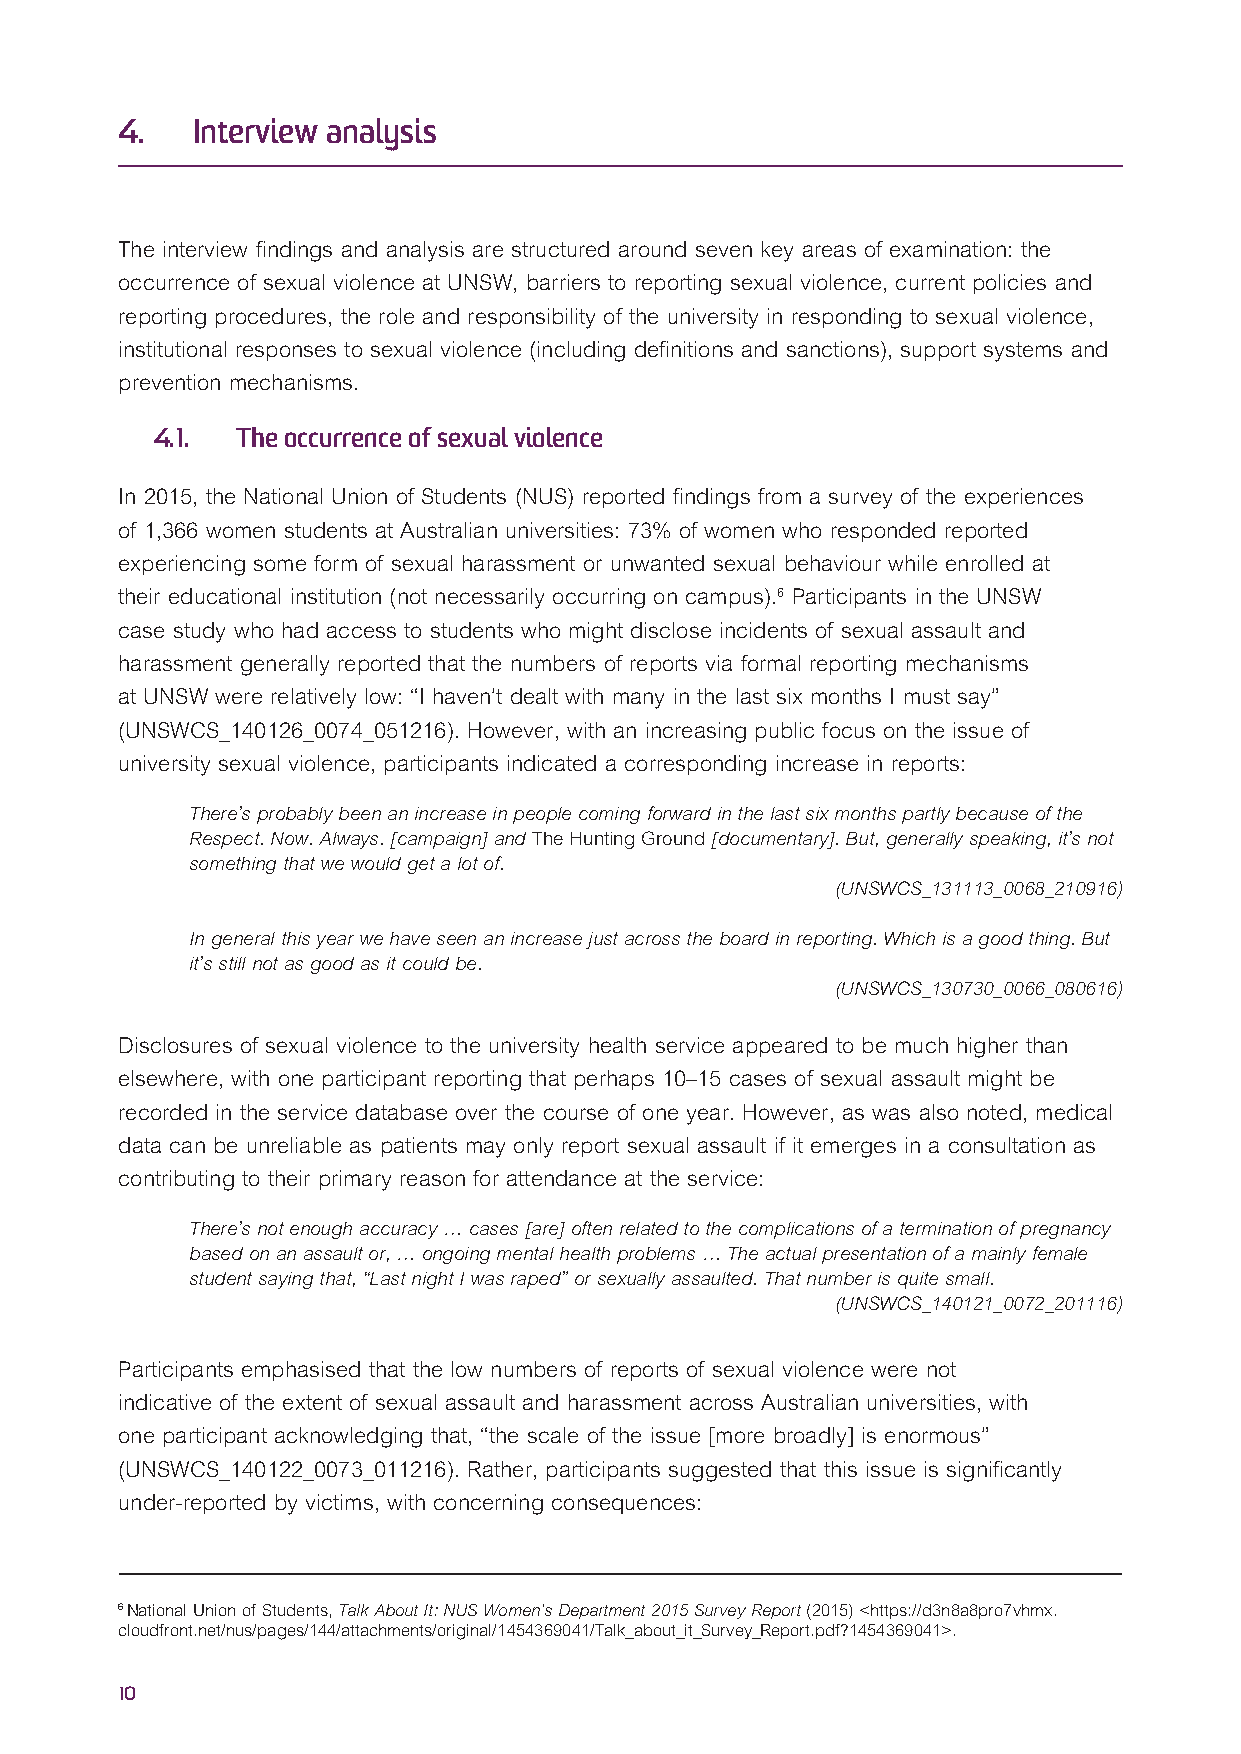
4.   Interview analysis
 The interview findings and analysis are structured around seven key areas of examination: the
 occurrence of sexual violence at UNSW, barriers to reporting sexual violence, current policies and
 reporting procedures, the role and responsibility of the university in responding to sexual violence,
 institutional responses to sexual violence (including definitions and sanctions), support systems and
 prevention mechanisms.
 4.1.  The occurrence of sexual violence
 In 2015, the National Union of Students (NUS) reported findings from a survey of the experiences
 of 1,366 women students at Australian universities: 73% of women who responded reported
 experiencing some form of sexual harassment or unwanted sexual behaviour while enrolled at
 their educational institution (not necessarily occurring on campus).6 Participants in the UNSW
 case study who had access to students who might disclose incidents of sexual assault and
 harassment generally reported that the numbers of reports via formal reporting mechanisms
 at UNSW were relatively low: “I haven’t dealt with many in the last six months I must say”
 (UNSWCS_140126_0074_051216). However, with an increasing public focus on the issue of
 university sexual violence, participants indicated a corresponding increase in reports:
 There’s probably been an increase in people coming forward in the last six months partly because of the
 Respect. Now. Always. [campaign] and The Hunting Ground [documentary]. But, generally speaking, it’s not
 something that we would get a lot of.
 (UNSWCS_131113_0068_210916)
 In general this year we have seen an increase just across the board in reporting. Which is a good thing. But
 it’s still not as good as it could be.
 (UNSWCS_130730_0066_080616)
 Disclosures of sexual violence to the university health service appeared to be much higher than
 elsewhere, with one participant reporting that perhaps 10–15 cases of sexual assault might be
 recorded in the service database over the course of one year. However, as was also noted, medical
 data can be unreliable as patients may only report sexual assault if it emerges in a consultation as
 contributing to their primary reason for attendance at the service:
 There’s not enough accuracy … cases [are] often related to the complications of a termination of pregnancy
 based on an assault or, … ongoing mental health problems … The actual presentation of a mainly female
 student saying that, “Last night I was raped” or sexually assaulted. That number is quite small.
 (UNSWCS_140121_0072_201116)
 Participants emphasised that the low numbers of reports of sexual violence were not
 indicative of the extent of sexual assault and harassment across Australian universities, with
 one participant acknowledging that, “the scale of the issue [more broadly] is enormous”
 (UNSWCS_140122_0073_011216). Rather, participants suggested that this issue is significantly
 under-reported by victims, with concerning consequences:
 6 National Union of Students, Talk About It: NUS Women’s Department 2015 Survey Report (2015) <https://d3n8a8pro7vhmx.
 cloudfront.net/nus/pages/144/attachments/original/1454369041/Talk_about_it_Survey_Report.pdf?1454369041>.
 10